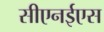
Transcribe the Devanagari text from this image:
सीएनईएस